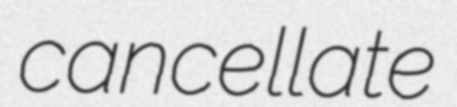
cancellate